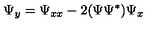
\Psi _ { y } = \Psi _ { x x } - 2 ( \Psi \Psi ^ { * } ) \Psi _ { x }